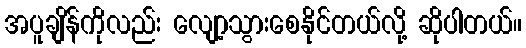
အပူချိန်ကိုလည်း လျော့သွားစေနိုင်တယ်လို့ ဆိုပါတယ်။